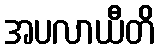
အပလာယီတိ